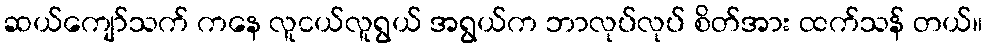
ဆယ်ကျော်သက် ကနေ လူငယ်လူရွယ် အရွယ်က ဘာလုပ်လုပ် စိတ်အား ထက်သန် တယ်။